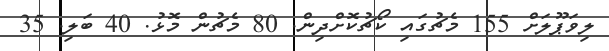
ލިވަޕޫލަށް 155 މެޗުގައި ކޯޗުކޮށްދިން. 80 މެޗުން މޮޅު. 40 ބަލި. 35